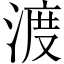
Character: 渡